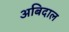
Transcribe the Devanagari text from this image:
अबिदाल